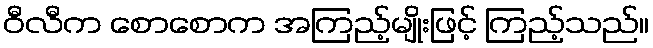
ဝီလီက စောစောက အကြည့်မျိုးဖြင့် ကြည့်သည်။